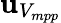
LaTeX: \mathbf{u}_{V_{mpp}}